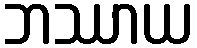
ဘဿာယ